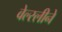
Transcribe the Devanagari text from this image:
वेल्स्लीने